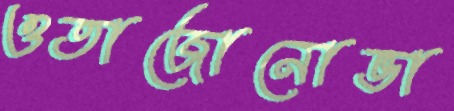
ওতাজোনোভা